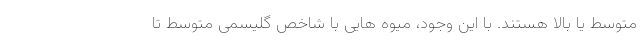
متوسط یا بالا هستند. با این وجود، میوه هایی با شاخص گلیسمی متوسط تا